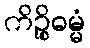
ကိဉ္စိဓမ္မံ